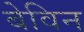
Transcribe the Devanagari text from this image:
बेविन